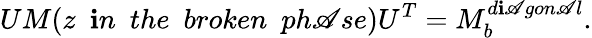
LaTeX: UM(z\ \ \mathbf{i}n\ \ the\ \ broken\ \ ph\mathscr{A}se)U^{T}=M_{b}^{d\mathbf{i}\mathscr{A}gon\mathscr{A}l}.